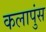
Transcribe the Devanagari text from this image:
कलापुंस